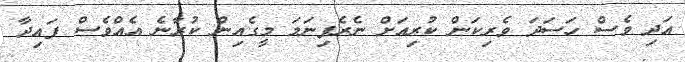
އަދި ވެސް ހަސަދަ ވެރިކަން ކުރިއަށް ނެރެފިނަމަ މީގެއިން ކުރާނެ އެއްވެސް ފައިދާ